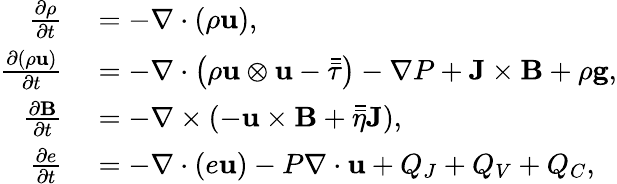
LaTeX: \begin{array}{rl}{\frac{\partial\rho}{\partial t}}&{{}=-\nabla\cdot(\rho\mathbf{u}),}\\ {\frac{\partial(\rho\mathbf{u})}{\partial t}}&{{}=-\nabla\cdot\left(\rho\mathbf{u}\otimes\mathbf{u}-\bar{\bar{\tau}}\right)-\nabla P+\mathbf{J}\times\mathbf{B}+\rho\mathbf{g},}\\ {\frac{\partial\mathbf{B}}{\partial t}}&{{}=-\nabla\times(-\mathbf{u}\times\mathbf{B}+\bar{\bar{\eta}}\mathbf{J}),}\\ {\frac{\partial e}{\partial t}}&{{}=-\nabla\cdot(e\mathbf{u})-P\nabla\cdot\mathbf{u}+Q_{J}+Q_{V}+Q_{C},}\end{array}